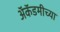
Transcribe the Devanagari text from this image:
अॅकॅडमीच्या